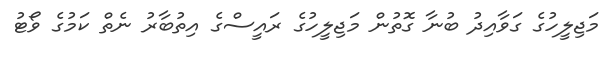
މަޖިލީހުގެ ގަވާއިދު ބުނާ ގޮތުން މަޖިލީހުގެ ރައީސްގެ އިތުބާރު ނެތް ކަމުގެ ވޯޓު